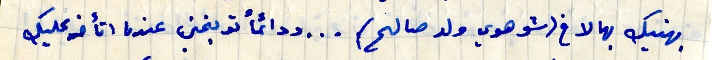
بهنيك بهالاخ (شو هوي ولد صالح) ... ودائماً توبخني عندما اتأخر عليك